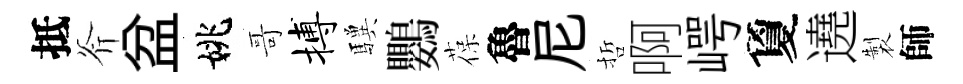
抵斧盆姚哥搏驥鸚葆魯尼哲啊崿夐遶製師